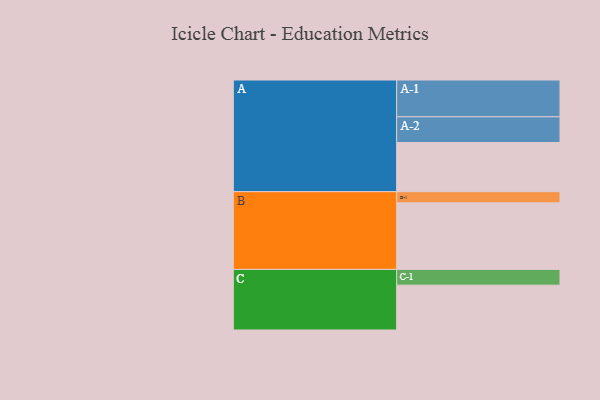
{"axis": {"x": "Segment", "y": "Value"}, "legend": ["", "A", "B", "C"], "data": [{"x": "A", "y": 378, "type": ""}, {"x": "B", "y": 512, "type": ""}, {"x": "C", "y": 345, "type": ""}, {"x": "A-1", "y": 283, "type": "A"}, {"x": "A-2", "y": 198, "type": "A"}, {"x": "B-1", "y": 86, "type": "B"}, {"x": "C-1", "y": 121, "type": "C"}]}